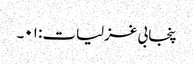
پنجابی غزلیات: ۰۱۔